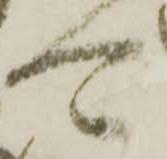
可